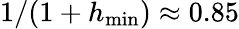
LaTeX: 1/(1+h_{\operatorname*{min}})\approx 0.85